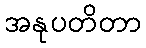
အနုပတိတာ